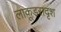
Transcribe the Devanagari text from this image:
लाकूडसदृश